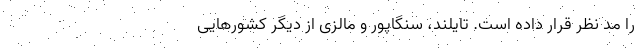
را مد نظر قرار داده است. تایلند، سنگاپور و مالزی از دیگر کشورهایی